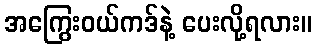
အကြွေးဝယ်ကဒ်နဲ့ ပေးလို့ရလား။